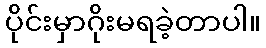
ပိုင်းမှာဂိုးမရခဲ့တာပါ။